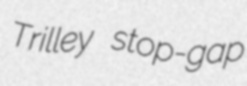
Trilley stop-gap